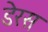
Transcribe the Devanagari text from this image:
डेरस